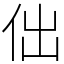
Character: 㑁